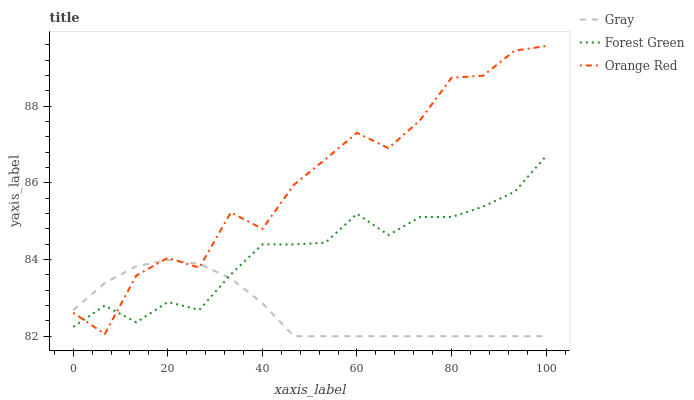
| xaxis_label | Gray | Forest Green | Orange Red |
 | --- | --- | --- | --- |
 | 0 | 82.7 | 82.2 | 82.6 |
 | 6.67 | 83.4 | 82.8 | 82.1 |
 | 13.3 | 83.8 | 82.4 | 83.6 |
 | 20 | 84 | 82.9 | 84 |
 | 26.7 | 83.9 | 82.7 | 83.8 |
 | 33.3 | 83.5 | 83.6 | 85.2 |
 | 40 | 82.9 | 84.4 | 84.8 |
 | 46.7 | 82 | 84.4 | 85.9 |
 | 53.3 | 82 | 84.4 | 86.6 |
 | 60 | 82 | 85.2 | 87.3 |
 | 66.7 | 82 | 84.6 | 86.9 |
 | 73.3 | 82 | 85.1 | 87.6 |
 | 80 | 82 | 85.1 | 88.7 |
 | 86.7 | 82 | 85.4 | 88.8 |
 | 93.3 | 82 | 85.8 | 89.4 |
 | 100 | 82 | 86.7 | 89.6 |